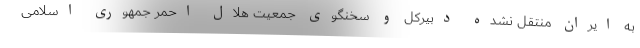
به ایران منتقل نشده دبیرکل و سخنگوی جمعیت هلال احمر جمهوری اسلامی